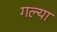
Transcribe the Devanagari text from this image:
गल्या